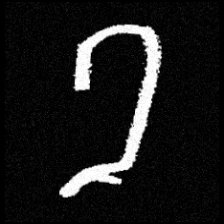
Pyu character \u2014 Myanmar letter: ခ (romanized: kha)